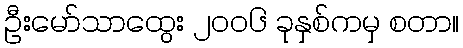
ဦးမော်သာထွေး ၂၀၀၆ ခုနှစ်ကမှ စတာ။